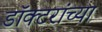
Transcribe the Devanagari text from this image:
डॉक्‍टरांच्या